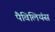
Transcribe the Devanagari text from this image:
पैविलियंस